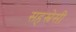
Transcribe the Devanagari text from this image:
सहस्त्रेसी